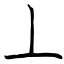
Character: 丄